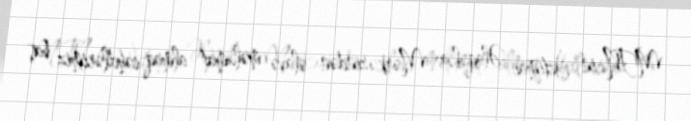
MTN-in İctimai Əlaqələr Mərkəzindən əlavə məlumat almaq cəhdlərimiz baş